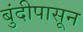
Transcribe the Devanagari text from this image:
बुंदीपासून